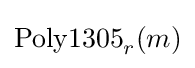
\operatorname {Poly1305} _{r}(m)